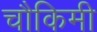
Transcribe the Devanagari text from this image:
चौकिमी